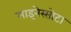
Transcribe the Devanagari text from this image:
माइनेस्सोटा